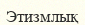
Этизмлық